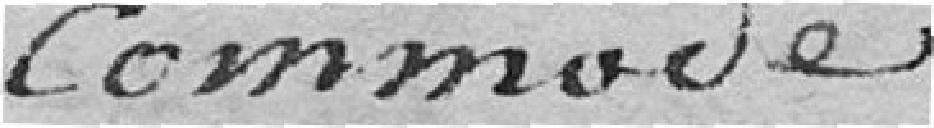
commode;